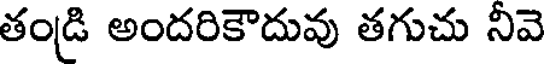
తండ్రి అందరికౌదువు తగుచు నివె